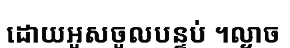
ដោយអូសចូលបន្ទប់ ។ល្ងាច